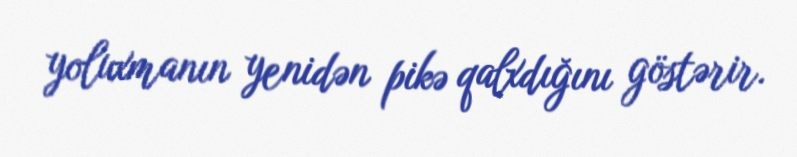
yoluxmanın yenidən pikə qalxdığını göstərir.